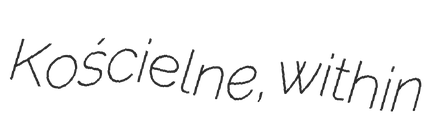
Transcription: Kościelne, within